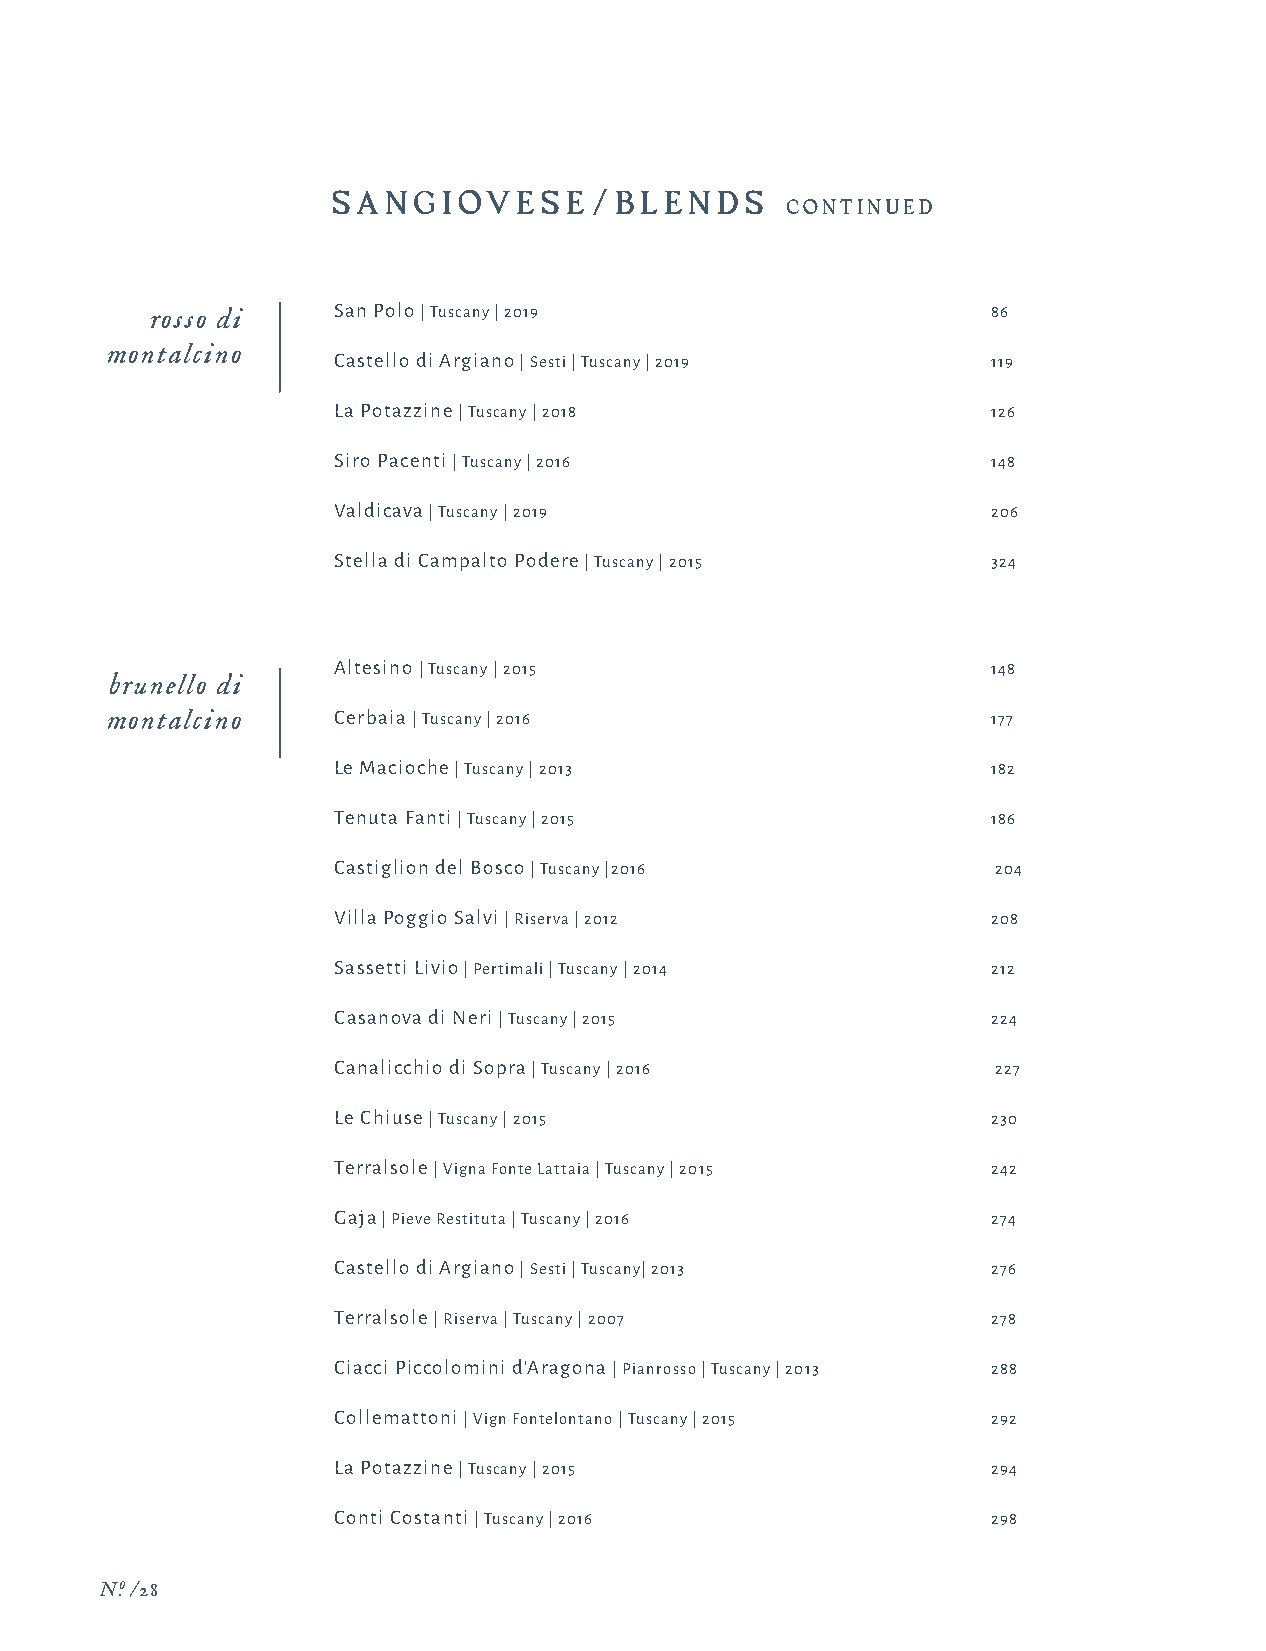
SA  N GIOV  E SE/BLEN     D S
 CONTINUED
 rosso di    San Polo | Tuscany | 2019                   86
 montalcino
 Castello di Argiano | Sesti | Tuscany | 2019 119
 La Potazzine | Tuscany | 2018               126
 Siro Pacenti | Tuscany | 2016               148
 Valdicava | Tuscany | 2019                  206
 Stella di Campalto Podere | Tuscany | 2015  324
 Altesino | Tuscany | 2015                   148
 brunello di
 montalcino     Cerbaia | Tuscany | 2016                    177
 Le Macioche | Tuscany | 2013                182
 Tenuta Fanti | Tuscany | 2015               186
 Castiglion del Bosco | Tuscany |2016        204
 Villa Poggio Salvi | Riserva | 2012         208
 Sassetti Livio | Pertimali | Tuscany | 2014 212
 Casanova di Neri | Tuscany | 2015           224
 Canalicchio di Sopra | Tuscany | 2016       227
 Le Chiuse | Tuscany | 2015                  230
 Terralsole | Vigna Fonte Lattaia | Tuscany | 2015 242
 Gaja | Pieve Restituta | Tuscany | 2016     274
 Castello di Argiano | Sesti | Tuscany| 2013 276
 Terralsole | Riserva | Tuscany | 2007       278
 Ciacci Piccolomini d'Aragona | Pianrosso | Tuscany | 2013 288
 Collemattoni | Vign Fontelontano | Tuscany | 2015 292
 La Potazzine | Tuscany | 2015               294
 Conti Costanti | Tuscany | 2016             298
 N.o /28